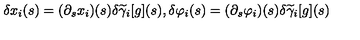
\delta x _ { i } ( s ) = ( \partial _ { s } x _ { i } ) ( s ) \delta \widetilde { \gamma } _ { i } [ g ] ( s ) , \delta \varphi _ { i } ( s ) = ( \partial _ { s } \varphi _ { i } ) ( s ) \delta \widetilde { \gamma } _ { i } [ g ] ( s )